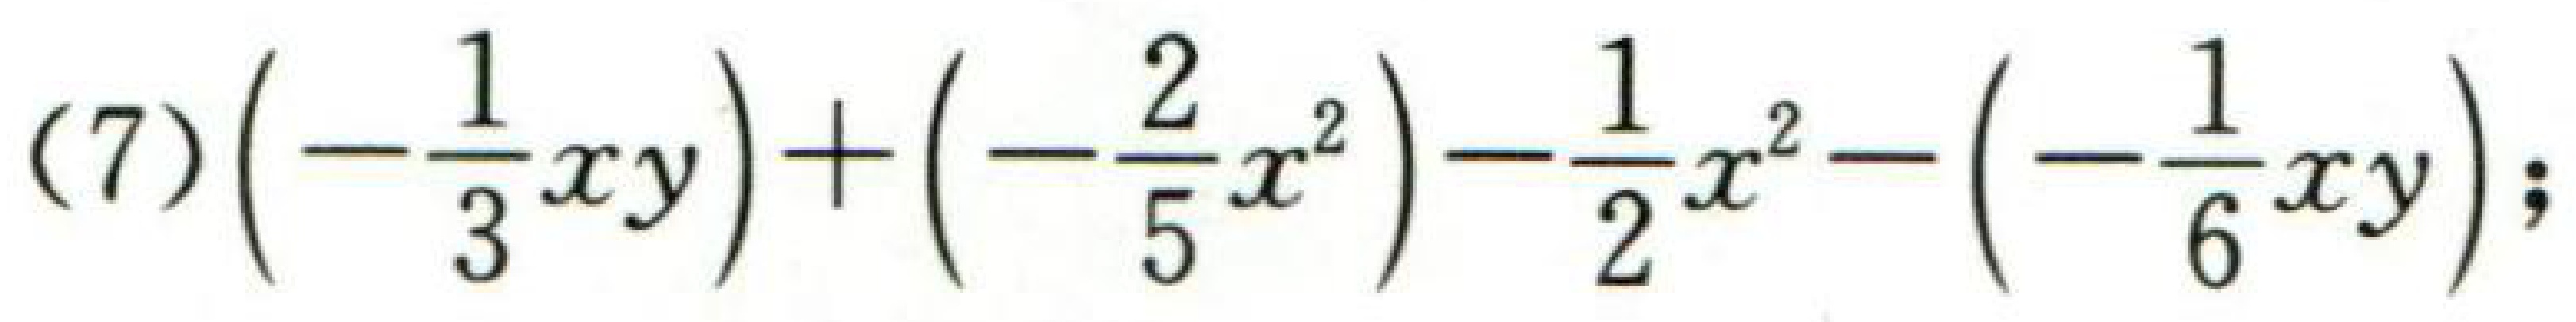
(7)\(\left(-\frac{1}{3}xy\right)+\left(-\frac{2}{5}x^{2}\right)-\frac{1}{2}x^{2}-\left(-\frac{1}{6}xy\right);\)